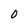
Character: 0